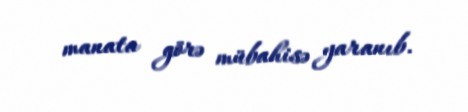
manata görə mübahisə yaranıb.